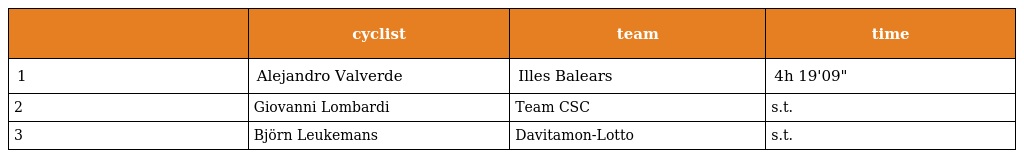
|  | cyclist | team | time |
 | --- | --- | --- | --- |
 | 1 | Alejandro Valverde | Illes Balears | 4h 19'09" |
 | 2 | Giovanni Lombardi | Team CSC | s.t. |
 | 3 | Björn Leukemans | Davitamon-Lotto | s.t. |